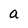
Character: a